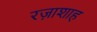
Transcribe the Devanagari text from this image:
रज़ाशाह